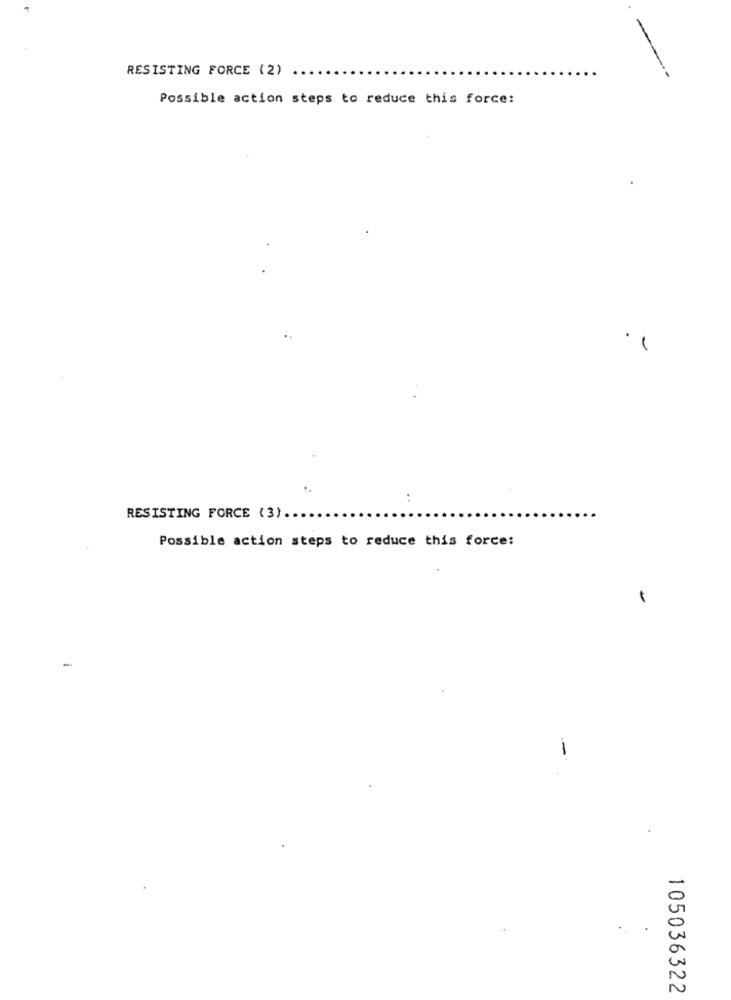
RESISTING FORCE (2)
Possible action steps to reduce this force:
-
RESISTING FORCE (3) ...
Possible action steps to reduce this force:
105036322